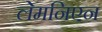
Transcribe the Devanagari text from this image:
लेमनिएन